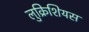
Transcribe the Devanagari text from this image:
लुक्रिशियस